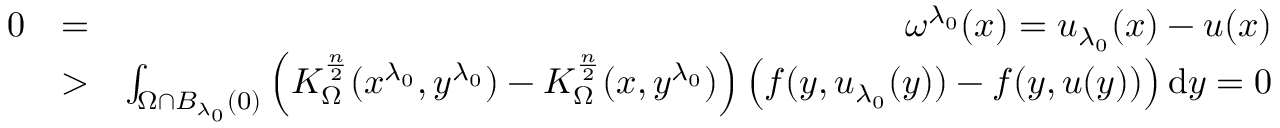
\begin{array} { r l r } { 0 } & { = } & { \omega ^ { \lambda _ { 0 } } ( x ) = u _ { \lambda _ { 0 } } ( x ) - u ( x ) } \\ & { > } & { \int _ { \Omega \cap B _ { \lambda _ { 0 } } ( 0 ) } \left( K _ { \Omega } ^ { \frac { n } { 2 } } ( x ^ { \lambda _ { 0 } } , y ^ { \lambda _ { 0 } } ) - K _ { \Omega } ^ { \frac { n } { 2 } } ( x , y ^ { \lambda _ { 0 } } ) \right) \left( f ( y , u _ { \lambda _ { 0 } } ( y ) ) - f ( y , u ( y ) ) \right) \mathrm d y = 0 } \end{array}